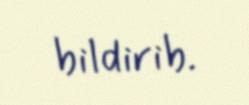
bildirib.